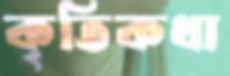
কৃতিকথা